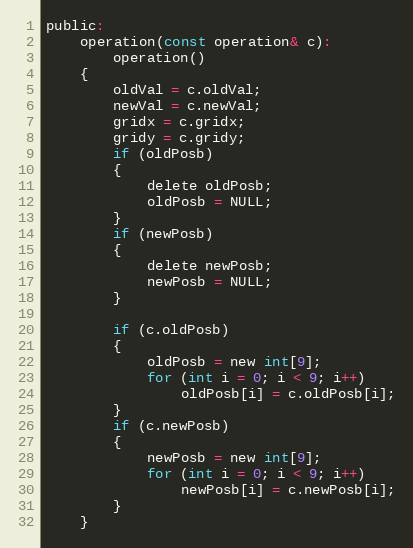
Language: C
public:
	operation(const operation& c):
		operation()
	{
		oldVal = c.oldVal;
		newVal = c.newVal;
		gridx = c.gridx;
		gridy = c.gridy;
		if (oldPosb)
		{
			delete oldPosb;
			oldPosb = NULL;
		}
		if (newPosb)
		{
			delete newPosb;
			newPosb = NULL;
		}

		if (c.oldPosb)
		{
			oldPosb = new int[9];
			for (int i = 0; i < 9; i++)
				oldPosb[i] = c.oldPosb[i];
		}
		if (c.newPosb)
		{
			newPosb = new int[9];
			for (int i = 0; i < 9; i++)
				newPosb[i] = c.newPosb[i];
		}
	}